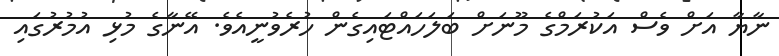
ނާޔާ އަށް ވެސް އަކުރަމްގެ މޫނަށް ބަލަހައްޓައިގެން ހުރެވުނީއެވެ. އޭނާގެ މުޅި އުމުރުގައި